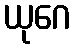
ယုဂေ